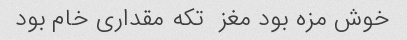
خوش مزه بود مغز  تکه مقداری خام بود